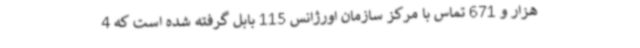
هزار و 671 تماس با مرکز سازمان اورژانس 115 بابل گرفته شده است که 4